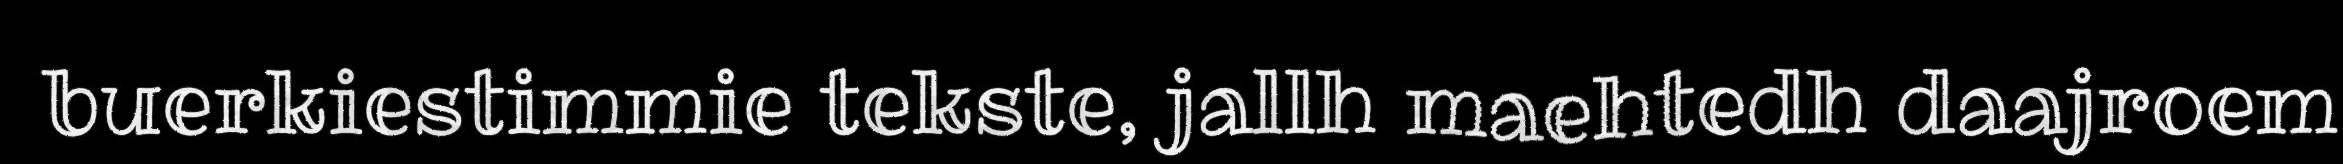
buerkiestimmie tekste, jallh maehtedh daajroem